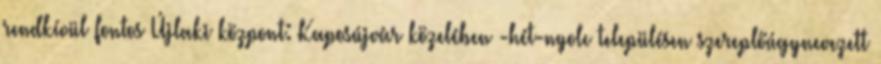
rendkívül fontos Újlaki központ: Kaposújvár közelében -hét-nyolc településen szereplőúgynevezett